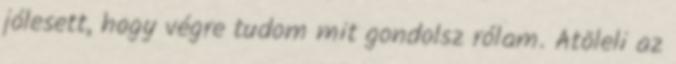
jólesett, hogy végre tudom mit gondolsz rólam. Átöleli az